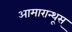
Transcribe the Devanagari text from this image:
आमारान्थूस्